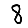
Digit: 8